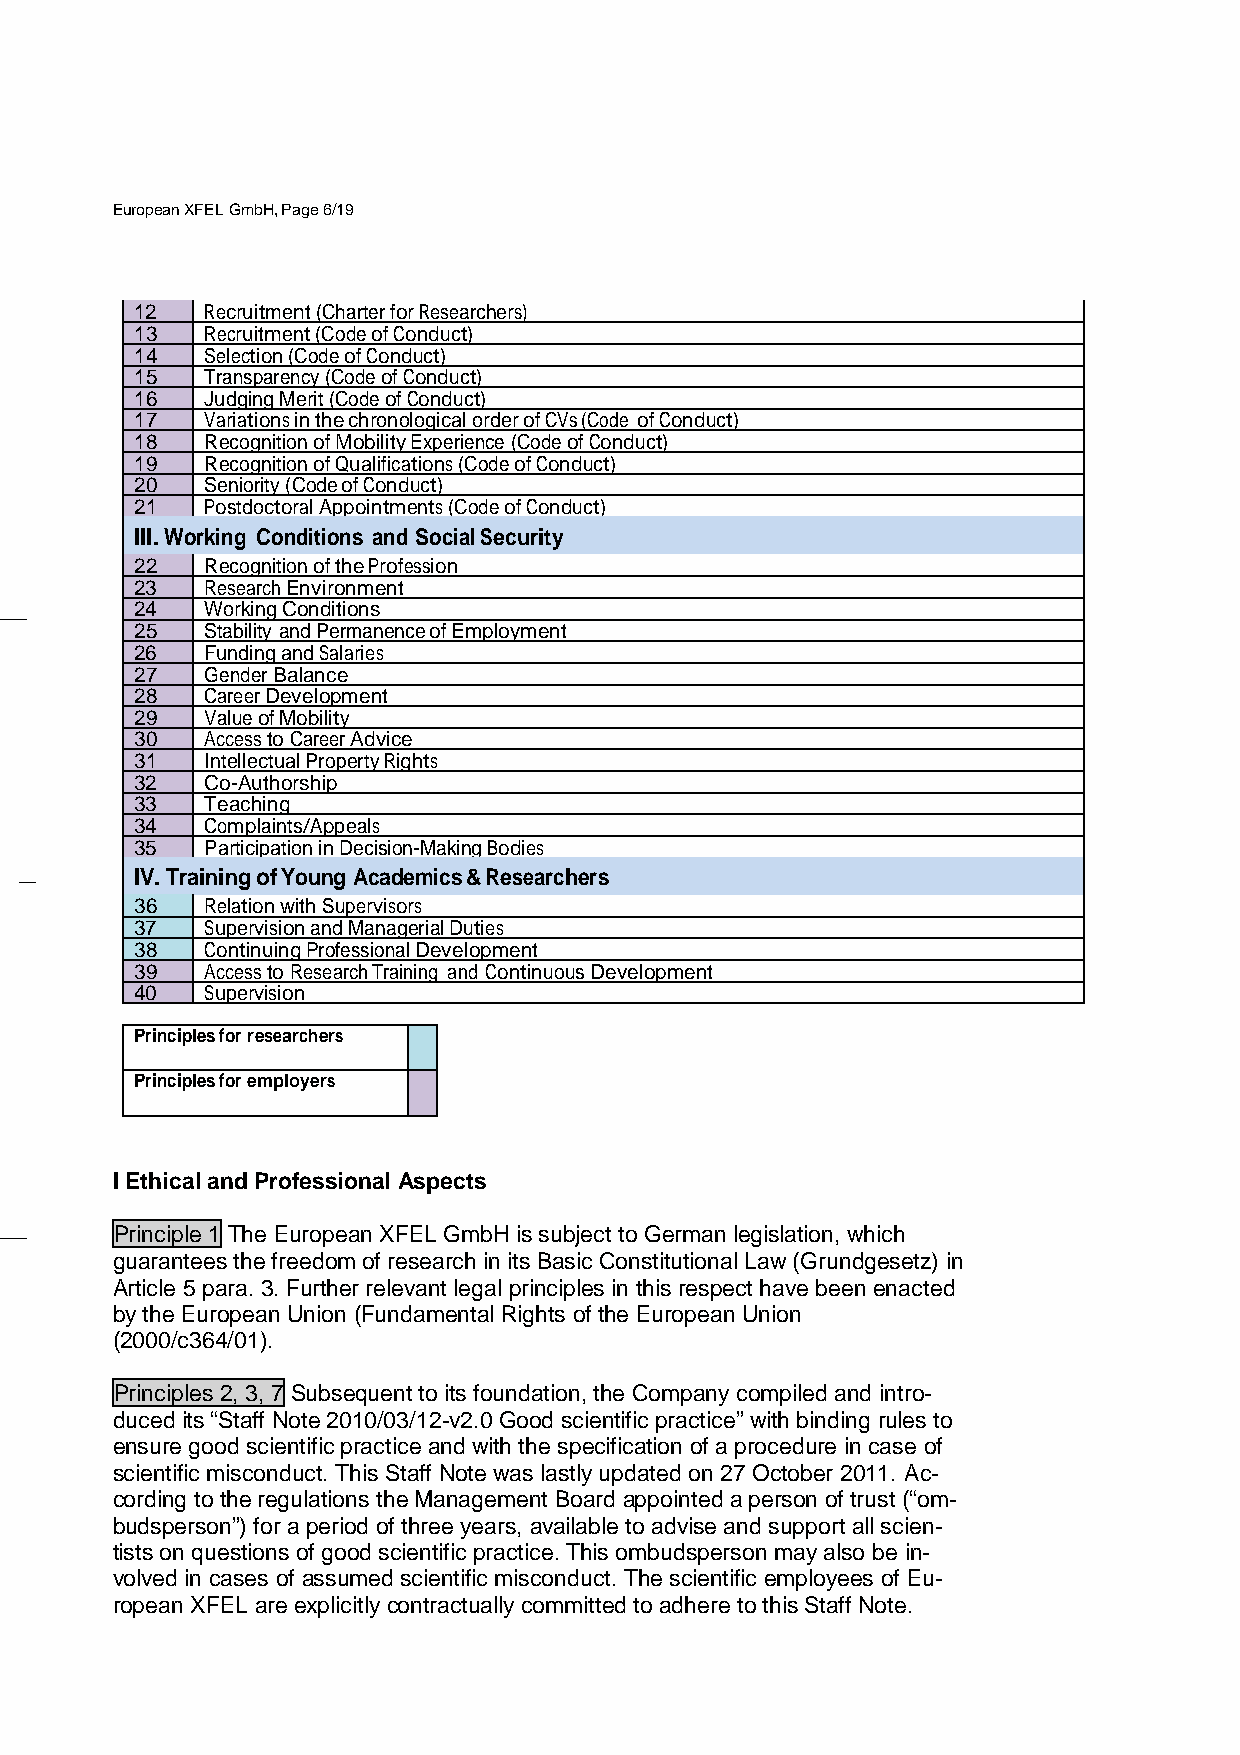
European XFEL GmbH, Page 6/19
 12   Recruitment (Charter for Researchers)
 13   Recruitment (Code of Conduct)
 14   Selection (Code of Conduct)
 15   Transparency (Code of Conduct)
 16   Judging Merit (Code of Conduct)
 17   Variations in the chronological order of CVs (Code of Conduct)
 18   Recognition of Mobility Experience (Code of Conduct)
 19   Recognition of Qualifications (Code of Conduct)
 20   Seniority (Code of Conduct)
 21   Postdoctoral Appointments (Code of Conduct)
 III. Working Conditions and Social Security
 22   Recognition of the Profession
 23   Research Environment
 24   Working Conditions
 25   Stability and Permanence of Employment
 26   Funding and Salaries
 27   Gender Balance
 28   Career Development
 29   Value of Mobility
 30   Access to Career Advice
 31   Intellectual Property Rights
 32   Co-Authorship
 33   Teaching
 34   Complaints/Appeals
 35   Participation in Decision-Making Bodies
 IV. Training of Young Academics & Researchers
 36   Relation with Supervisors
 37   Supervision and Managerial Duties
 38   Continuing Professional Development
 39   Access to Research Training and Continuous Development
 40   Supervision
 Principles for researchers
 Principles for employers
 I Ethical and Professional Aspects
 Principle 1 The European XFEL GmbH is subject to German legislation, which
 guarantees the freedom of research in its Basic Constitutional Law (Grundgesetz) in
 Article 5 para. 3. Further relevant legal principles in this respect have been enacted
 by the European Union (Fundamental Rights of the European Union
 (2000/c364/01).
 Principles 2, 3, 7 Subsequent to its foundation, the Company compiled and intro-
 duced its “Staff Note 2010/03/12-v2.0 Good scientific practice” with binding rules to
 ensure good scientific practice and with the specification of a procedure in case of
 scientific misconduct. This Staff Note was lastly updated on 27 October 2011. Ac-
 cording to the regulations the Management Board appointed a person of trust (“om-
 budsperson”) for a period of three years, available to advise and support all scien-
 tists on questions of good scientific practice. This ombudsperson may also be in-
 volved in cases of assumed scientific misconduct. The scientific employees of Eu-
 ropean XFEL are explicitly contractually committed to adhere to this Staff Note.